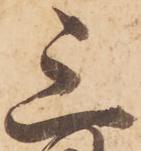
三